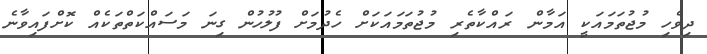
ދިވެހި މުޖުތަމައަކީ އަމާން ރައްކާތެރި މުޖުތަމައަކަށް ހެދުމަށް ފުލުހުން ގިނަ މަސައްކަތްތަކެއް ކޮށްފައިވާނެ